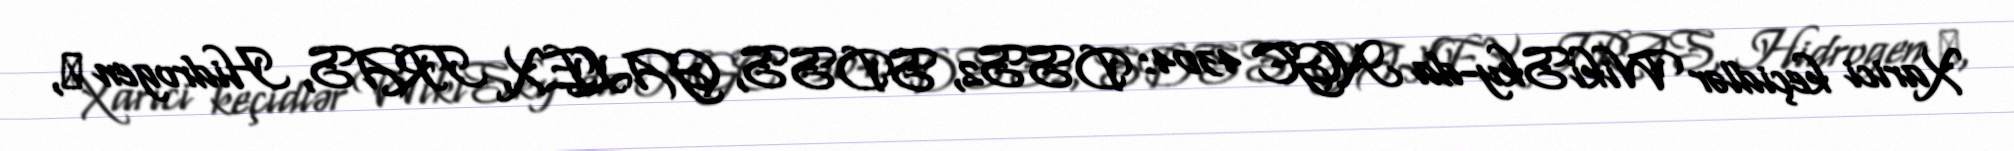
Xarici keçidlər WikiSky-da NGC 4304: DSS2, SDSS, GALEX, IRAS, Hidrogen α,